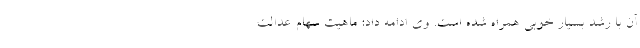
آن با رشد بسیار خوبی همراه شده است. وی ادامه داد: ماهیت سهام عدالت